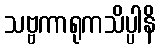
သဗ္ဗကာရုကသိပ္ပါနိ